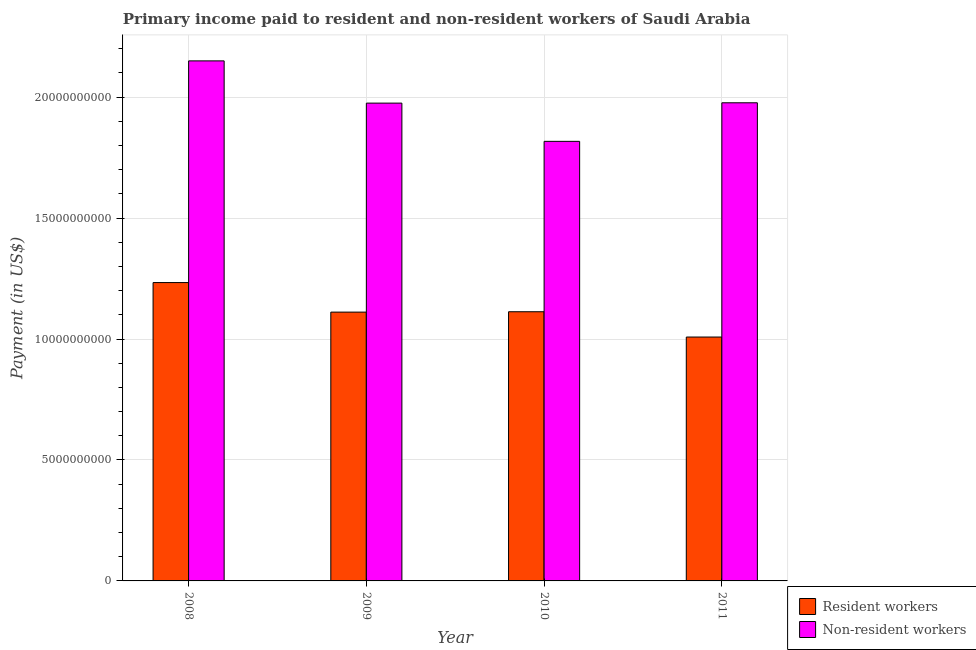
| Year | Resident workers | Non-resident workers |
 | --- | --- | --- |
 | 2008 | 1.23e+10 | 2.15e+10 |
 | 2009 | 1.11e+10 | 1.98e+10 |
 | 2010 | 1.11e+10 | 1.82e+10 |
 | 2011 | 1.01e+10 | 1.98e+10 |